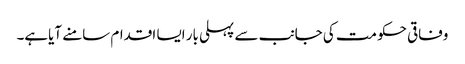
وفاقی حکومت کی جانب سے پہلی بار ایسا اقدام سامنے آیاہے۔